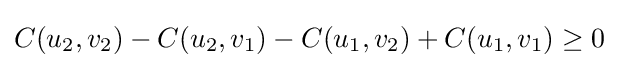
C(u_{2},v_{2})-C(u_{2},v_{1})-C(u_{1},v_{2})+C(u_{1},v_{1})\geq 0